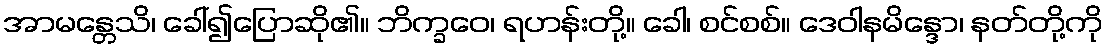
အာမန္တေသိ၊ ခေါ်၍ပြောဆို၏။ ဘိက္ခဝေ၊ ရဟန်းတို့။ ခေါ၊ စင်စစ်။ ဒေဝါနမိန္ဒော၊ နတ်တို့ကို